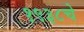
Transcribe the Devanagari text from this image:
१९३८चे